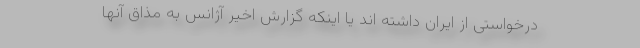
درخواستی از ایران داشته اند یا اینکه گزارش اخیر آژانس به مذاق آنها